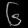
Digit: ၆